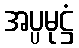
အပ္ပမုဋ္ဌံ